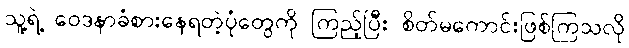
သူ့ရဲ့ ဝေဒနာခံစားနေရတဲ့ပုံတွေကို ကြည့်ပြီး စိတ်မကောင်းဖြစ်ကြသလို